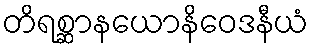
တိရစ္ဆာနယောနိဝေဒနီယံ